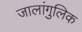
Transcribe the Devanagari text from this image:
जालांगुलिक